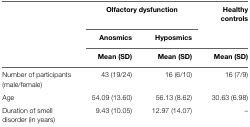
<table><thead><tr><td></td><td colspan="2"><b>Olfactory dysfunction</b></td><td><b>Healthy controls</b></td></tr><tr><td></td><td><b>Anosmics</b></td><td><b>Hyposmics</b></td><td></td></tr><tr><td></td><td><b>Mean (SD)</b></td><td><b>Mean (SD)</b></td><td><b>Mean (SD)</b></td></tr></thead><tbody><tr><td>Number of participants (male/female)</td><td>43 (19/24)</td><td>16 (6/10)</td><td>16 (7/9)</td></tr><tr><td>Age</td><td>54.09 (13.60)</td><td>56.13 (8.62)</td><td>30.63 (6.98)</td></tr><tr><td>Duration of smell disorder (in years)</td><td>9.43 (10.05)</td><td>12.97 (14.07)</td><td>–</td></tr></tbody></table>